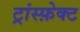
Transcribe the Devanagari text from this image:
ट्रांस्फ़ेक्ट